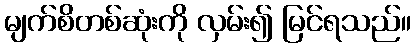
မျက်စိတစ်ဆုံးကို လှမ်း၍ မြင်ရသည်။